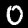
Digit: 0